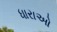
ધારાઓ